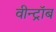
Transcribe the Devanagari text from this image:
वीन्ट्रॉब